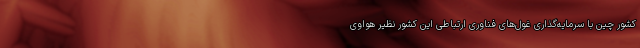
کشور چین با سرمایه‌گذاری غول‌های فناوری ارتباطی این کشور نظیر هواوی